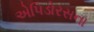
એપિડોરસના